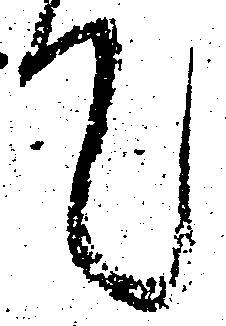
て